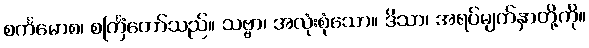
စင်္ကမောစ၊ စင်္ကြံတော်သည်။ သဗ္ဗာ၊ အလုံးစုံသော။ ဒိသာ၊ အရပ်မျက်နှာတို့ကို။